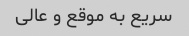
سریع به موقع و عالی